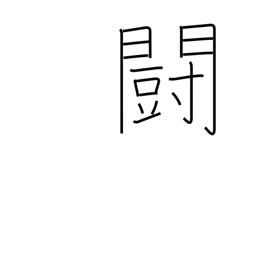
Meaning: war